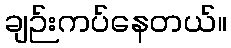
ချဉ်းကပ်နေတယ်။